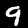
Label: 9